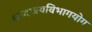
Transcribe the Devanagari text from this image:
श्रध्दात्रयविभागयोग